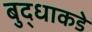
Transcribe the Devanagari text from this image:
बुद्धाकडे